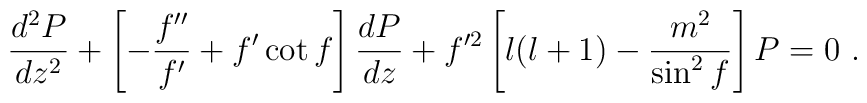
\frac{d^2P}{dz^2} + \left[ -\frac{f''}{f'} + f' \cot f \right]\frac{dP}{dz}+f'^2 \left[ l(l+1)-\frac{m^2}{\sin^2 f} \right]P = 0~.